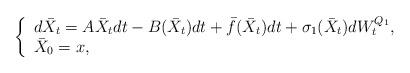
LaTeX: \begin{align*}\left\{\begin{array}{l}\displaystyle d\bar{X}_{t}=A\bar{X}_{t}dt-B(\bar{X}_{t})dt+\bar{f}(\bar{X}_{t})dt+\sigma_1(\bar{X}_{t})dW^{Q_{1}}_t,\\\bar{X}_{0}=x,\end{array}\right. \end{align*}